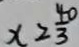
x \geq \frac { 4 0 } { 3 }